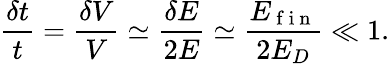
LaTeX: \frac{\delta t}t=\frac{\delta V}V\simeq\frac{\delta E}{2E}\simeq\frac{E_{\mathrm{~f~i~n~}}}{2E_{D}}\ll 1.